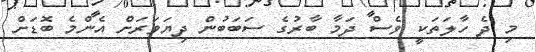
މި ދެ ހާލަތަކީ ވެސް ދަމާ ބާރުގެ ސަބަބުން ދިޔަވަރަށް އެންމެ ބޮޑަށް